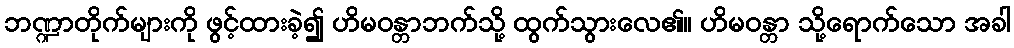
ဘဏ္ဍာတိုက်များကို ဖွင့်ထားခဲ့၍ ဟိမဝန္တာဘက်သို့ ထွက်သွားလေ၏။ ဟိမဝန္တာ သို့ရောက်သော အခါ